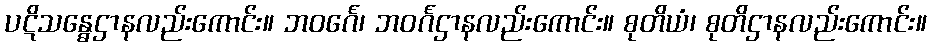
ပဋိသန္ဓေဌာနလည်းကောင်း။ ဘဝင်္ဂေ၊ ဘဝင်္ဂဌာနလည်းကောင်း။ စုတိယံ၊ စုတိဌာနလည်းကောင်း။